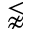
\lnapprox